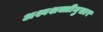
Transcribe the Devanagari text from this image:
अश्वशक्तीनुसार